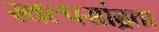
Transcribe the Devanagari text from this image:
स्वल्पसांद्रता